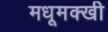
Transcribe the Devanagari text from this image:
मधूमक्खी